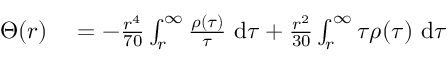
\begin{array} { r l } { \Theta ( r ) } & { { } = - \frac { r ^ { 4 } } { 7 0 } \int _ { r } ^ { \infty } \frac { \rho ( \tau ) } { \tau } ~ \mathrm { d } \tau + \frac { r ^ { 2 } } { 3 0 } \int _ { r } ^ { \infty } \tau \rho ( \tau ) ~ \mathrm { d } \tau } \end{array}